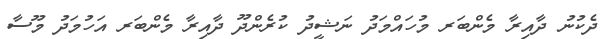
ދެކުނު ދާއިރާ މެންބަރ މުހައްމަދު ނަޝީދު ކުރެންދޫ ދާއިރާ މެންބަރ އަހުމަދު މޫސާ